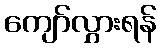
ကျော်လွှားရန်